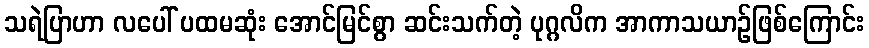
သရဲပြာဟာ လပေါ် ပထမဆုံး အောင်မြင်စွာ ဆင်းသက်တဲ့ ပုဂ္ဂလိက အာကာသယာဉ်ဖြစ်ကြောင်း